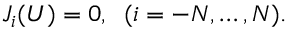
J _ { i } ( U ) = 0 , \; \; ( i = - N , \ldots , N ) .